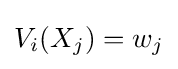
V_{i}(X_{j})=w_{j}